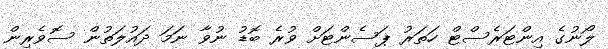
ލޯނުގެ އިންޓަރެސްޓް ހަތަރު ޕަސެންޓަށް ވުރެ ބޮޑު ނުވާ ނަމަ ދައުލަތުން ސޮވެރިން